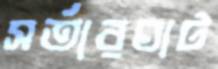
সর্তারঘাট